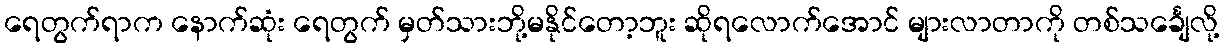
ရေတွက်ရာက နောက်ဆုံး ရေတွက် မှတ်သားဘို့မနိုင်တော့ဘူး ဆိုရလောက်အောင် များလာတာကို တစ်သင်္ချေလို့